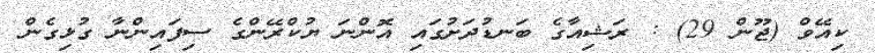
ކިއޭވް (ޖޫން 29) : ރަޝިއާގެ ބަނޑުދަށުގައި އޮންނަ ޔުކްރޭންގެ ސިފައިންނާ ގުޅިގެން